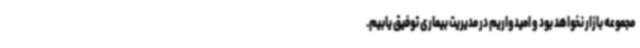
مجموعه بازار نخواهد بود و امیدواریم در مدیریت بیماری توفیق یابیم.